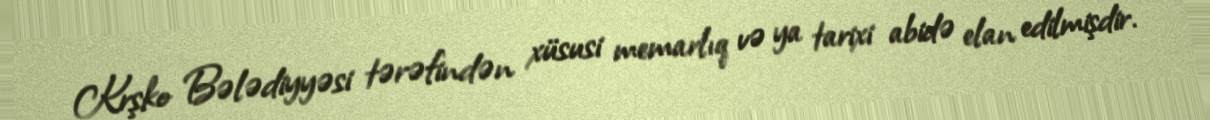
Krşko Bələdiyyəsi tərəfindən xüsusi memarlıq və ya tarixi abidə elan edilmişdir.